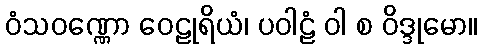
ဝံသဝဏ္ဏော ဝေဠုရိယံ၊ ပဝါဠံ ဝါ စ ဝိဒ္ဒုမော။